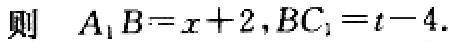
则 \(A_{1}B = x + 2,BC_{1}=t - 4\).